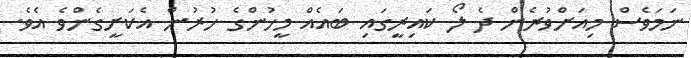
ނަމަވެސް މިއަށްވުރެން ދެ ލޯ ކައިރީގައި ބައެއް މީހުންގެ ހުރުން އެކަށީގެންވެ އެވެ.